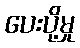
ပေးပို့မှု